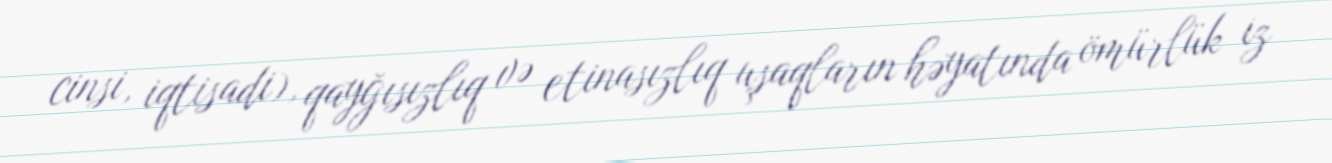
cinsi, iqtisadi), qayğısızlıq və etinasızlıq uşaqların həyatında ömürlük iz